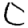
Digit: 0